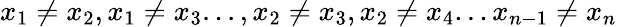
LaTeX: x_{1}\neq x_{2},x_{1}\neq x_{3}...,x_{2}\neq x_{3},x_{2}\neq x_{4}...x_{n-1}\neq x_{n}